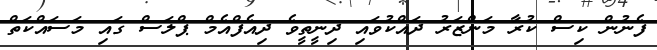
ފެނުން ކިސް ކުރާ މަންޒަރު ދައްކުވައި ދިނީތީވެ ދިއެފްއެމް ޕްލަސް ގައި މަސައްކަތް